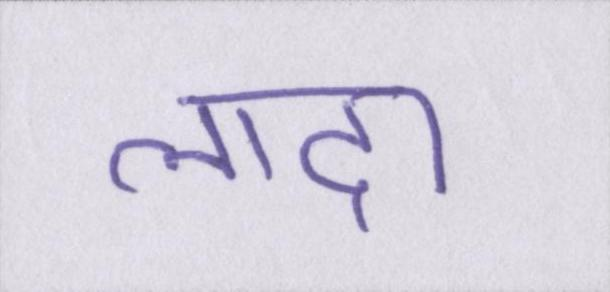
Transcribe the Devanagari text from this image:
लादा